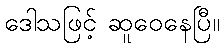
ဒေါသဖြင့် ဆူဝေနေပြီ။